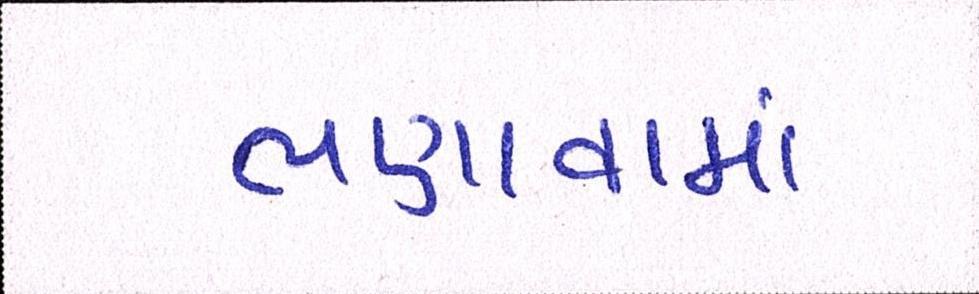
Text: ભણાવામાં